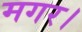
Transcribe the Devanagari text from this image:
मगर।